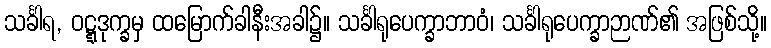
သင်္ခါရ, ဝဋ္ဋဒုက္ခမှ ထမြောက်ခါနီးအခါ၌။ သင်္ခါရုပေက္ခာဘာဝံ၊ သင်္ခါရုပေက္ခာဉာဏ်၏ အဖြစ်သို့။